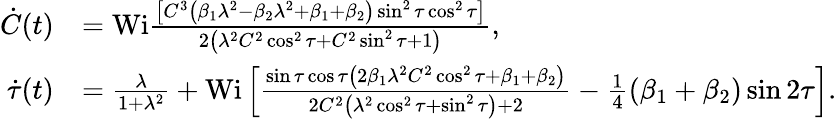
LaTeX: \begin{array}{rl}{\dot{C}(t)}&{=\mathrm{Wi}\frac{\left[C^{3}\left(\beta_{1}\lambda^{2}-\beta_{2}\lambda^{2}+\beta_{1}+\beta_{2}\right)\sin^{2}\tau\cos^{2}\tau\right]}{2\left(\lambda^{2}C^{2}\cos^{2}\tau+C^{2}\sin^{2}\tau+1\right)},}\\ {\dot{\tau}(t)}&{=\frac{\lambda}{1+\lambda^{2}}+\mathrm{Wi}\left[\frac{\sin\tau\cos\tau\left(2\beta_{1}\lambda^{2}C^{2}\cos^{2}\tau+\beta_{1}+\beta_{2}\right)}{2C^{2}\left(\lambda^{2}\cos^{2}\tau+\sin^{2}\tau\right)+2}-\frac{1}{4}(\beta_{1}+\beta_{2})\sin 2\tau\right].}\end{array}